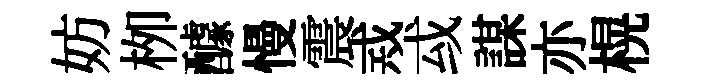
妨栁醵慢震𢦶㦯謀亦榥